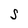
Character: S